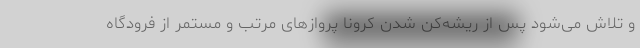
و تلاش می‌شود پس از ریشه‌کن شدن کرونا پروازهای مرتب و مستمر از فرودگاه